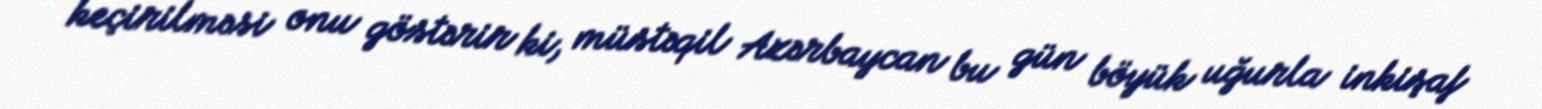
keçirilməsi onu göstərir ki, müstəqil Azərbaycan bu gün böyük uğurla inkişaf